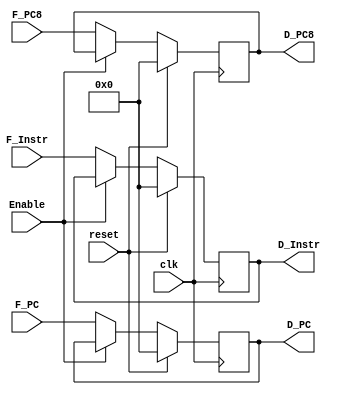
`timescale 1ns / 1ps
module D_register (
    input [31:0] F_Instr,
    input [31:0] F_PC,
    input [31:0] F_PC8,
    input clk,
    input reset,
    input Enable,
    output [31:0] D_Instr,
    output [31:0] D_PC,
    output [31:0] D_PC8
);

  reg [31:0] instr, pc, pc8;

  initial begin
      instr = 0;
      pc = 0;
      pc8 = 0;
  end

  always @(posedge clk) begin
      if (reset == 1) begin
          instr <= 0;
          pc <= 0;
          pc8 <= 0;
      end
      else if(Enable == 0) begin
          instr <= F_Instr;
          pc <= F_PC;
          pc8 <= F_PC8;
      end
      else begin
          instr <= instr;
          pc <= pc;
          pc8 <= pc8;
      end
  end

  assign D_Instr = instr;
  assign D_PC = pc;
  assign D_PC8 = pc8;  
endmodule